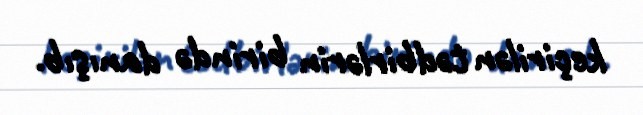
keçirilən tədbirlərin birində danışıb.